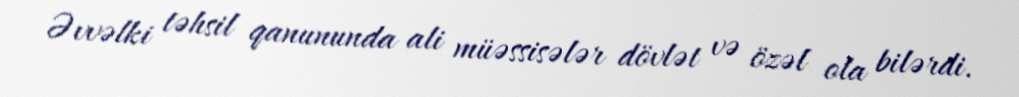
Əvvəlki təhsil qanununda ali müəssisələr dövlət və özəl ola bilərdi.